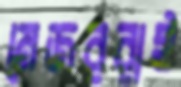
মেজররাই